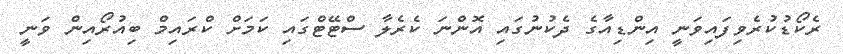
ރެކޯޑުކުރެވިފައިވަނީ އިންޑިއާގެ ދެކުނުގައި އޮންނަ ކެރެލާ ސްޓޭޓްގައި ކަމަށް ކްރައިމް ބިއުރޯއިން ވަނީ